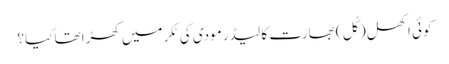
کوئی اکھل (کُل) بھارت کا لیڈر مودی کی ٹکر میں کھڑا تھا کیا؟